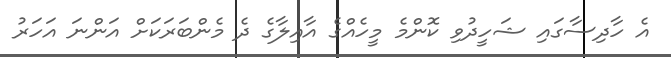
އެ ހާދިސާގައި ޝަހީދުވި ކޮންމެ މީހެއްގެ އާއިލާގެ ދެ މެންބަރަކަށް އަންނަ އަހަރު